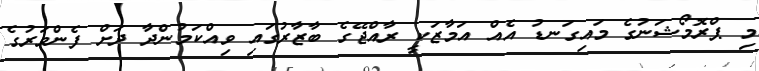
މި ޕްރޮމޯޝަނުގެ މައިގަނޑު އެއް އަމާޒަކީ ރާއްޖޭގެ ބާޒާރުގައި ވިއްކަމުންދާ ދަށް ފެންވަރުގެ